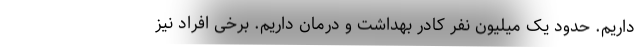
داریم. حدود یک میلیون نفر کادر بهداشت و درمان داریم. برخی افراد نیز